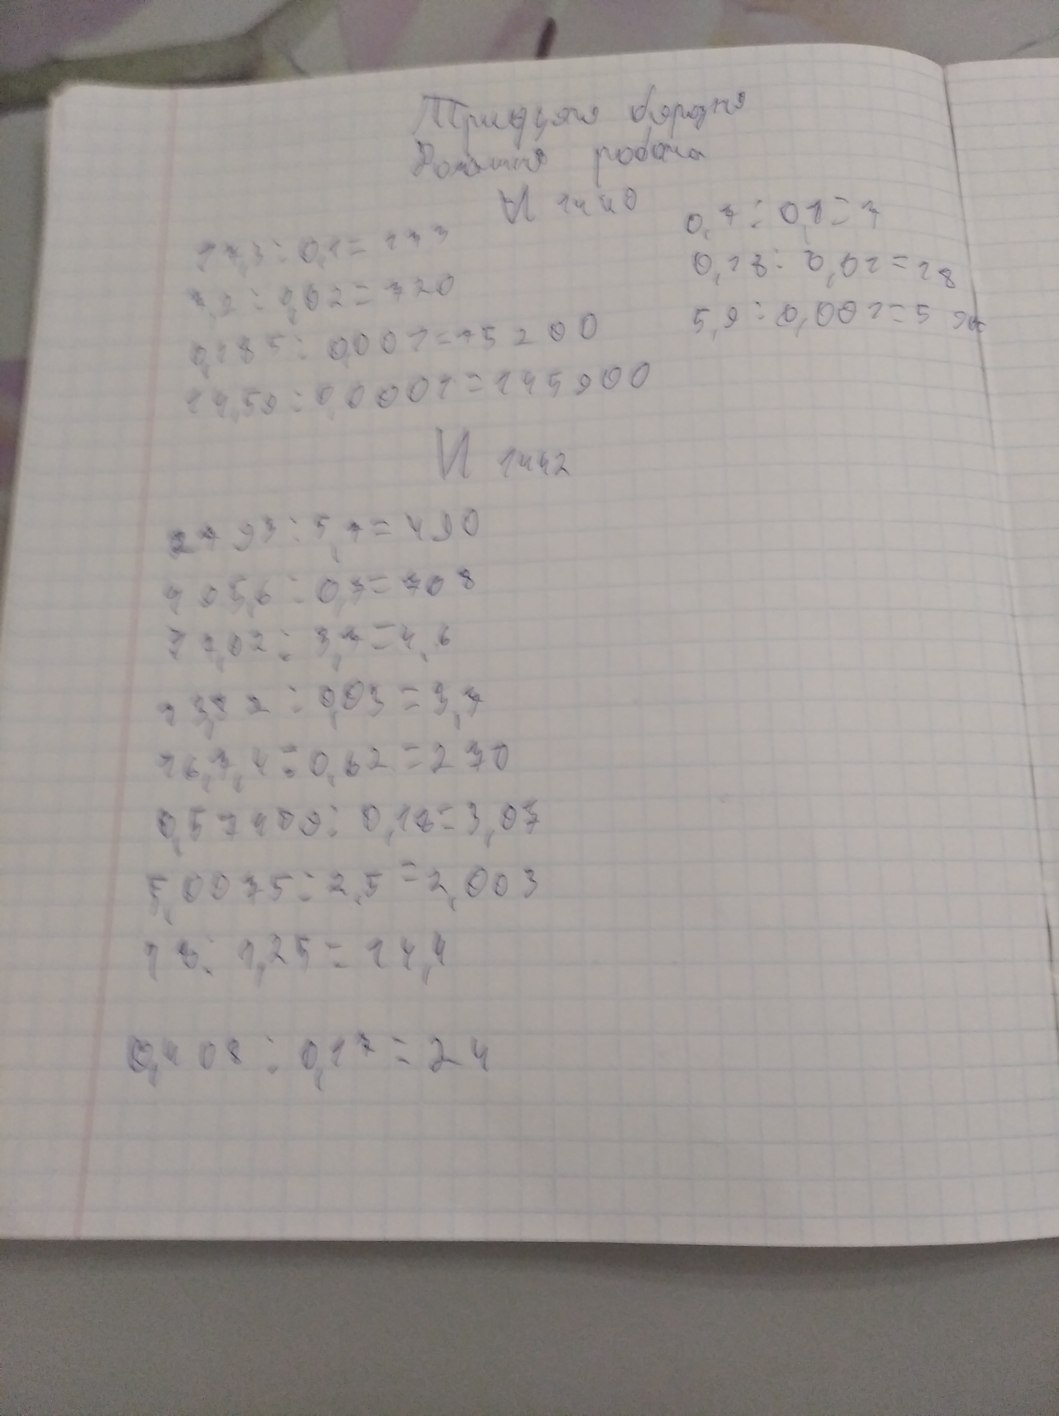
Тридцяте березня
Домашня робота
И 1440
0,7 : 0,1 = 7
17,3 / 0,1 = 173
0,28 / 0,02=28
7,2 /0,02= 720
5,9 : 0,001 = 5 9~~00~~
0,185 : 0,001 = 15 200
14,50 : 0,0001 = 145900
И 1442
2793/5,7=490
495,6 : 0,7 = 708
77, 02 : 3, 3 = 4, 6
13,82/0,03=3,3
16,7,4/0,62=270
0,57409 : 0,18 = 3,07
5,0075/2,5=2,003
18/1,25=14,4
0,408/0,17=24